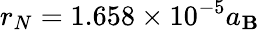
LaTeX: r_{N}=1.658\times10^{-5}a_{\mathbf{B}}